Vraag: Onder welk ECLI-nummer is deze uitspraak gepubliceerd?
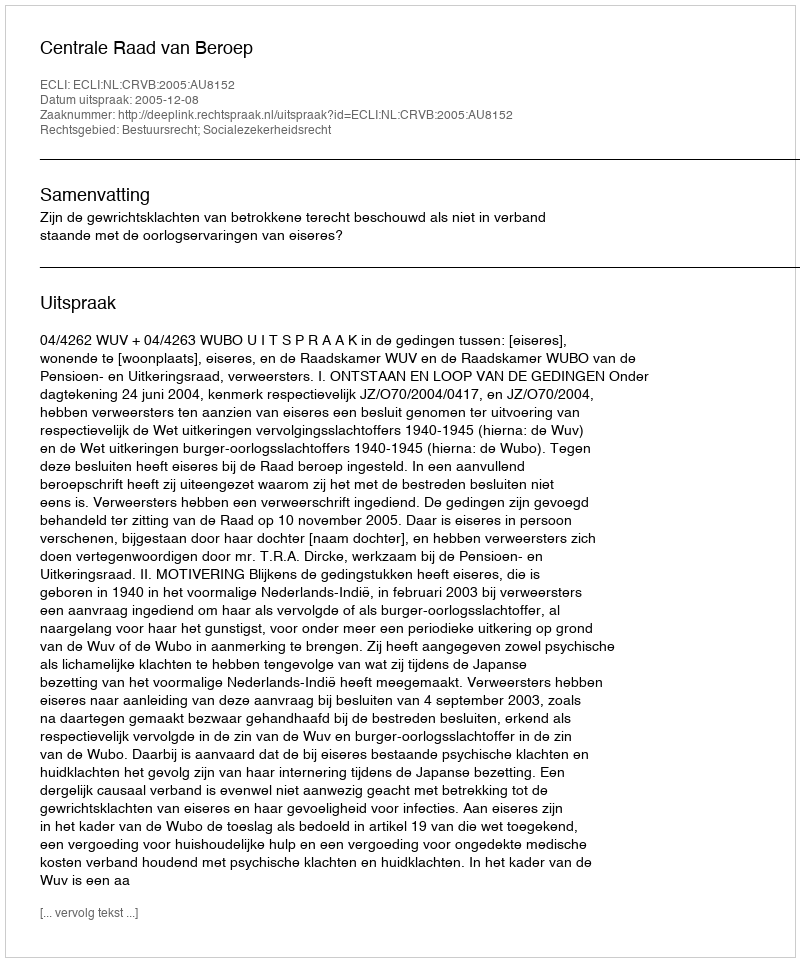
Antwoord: ECLI:NL:CRVB:2005:AU8152